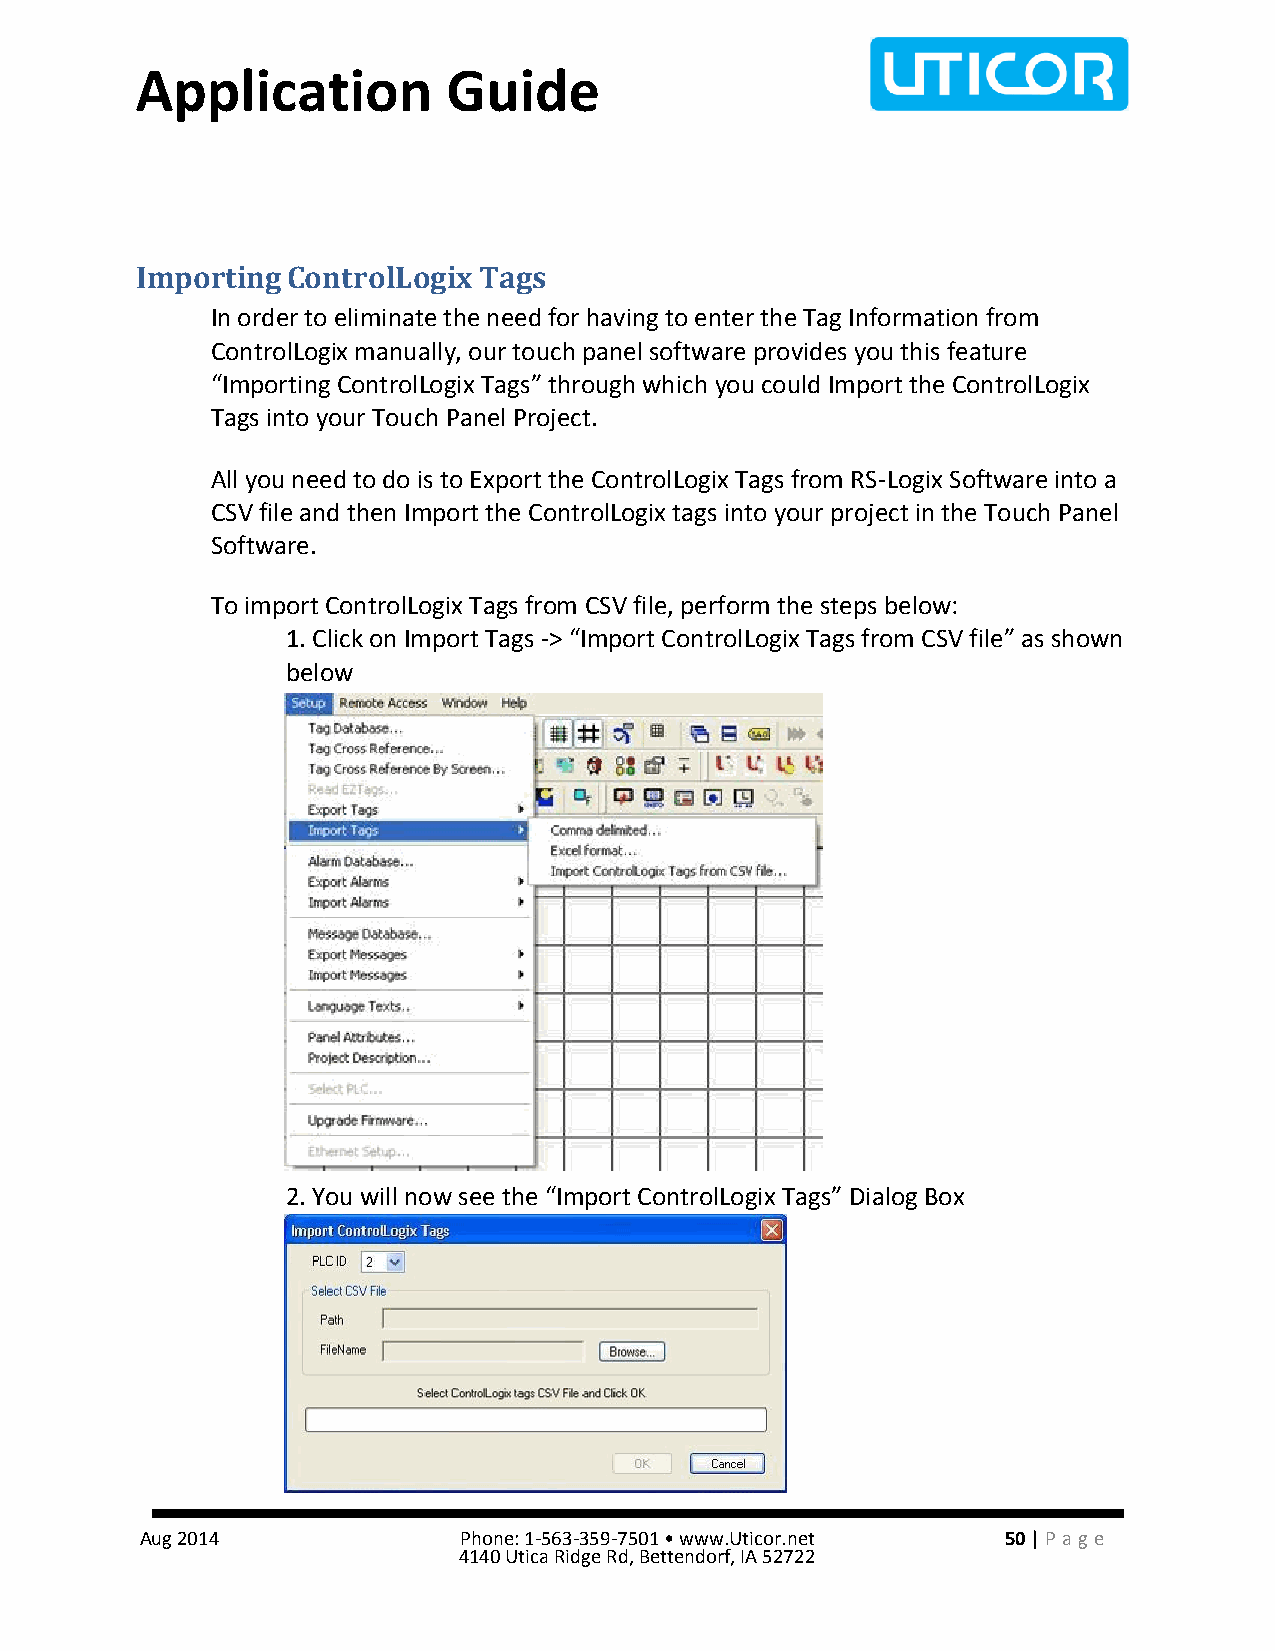
Application          Guide
 Importing ControlLogix Tags
 In order to eliminate the need for having to enter the Tag Information from
 ControlLogix manually, our touch panel software provides you this feature
 “Importing ControlLogix Tags” through which you could Import the ControlLogix
 Tags into your Touch Panel Project.
 All you need to do is to Export the ControlLogix Tags from RS-Logix Software into a
 CSV file and then Import the ControlLogix tags into your project in the Touch Panel
 Software.
 To import ControlLogix Tags from CSV file, perform the steps below:
 1. Click on Import Tags -> “Import ControlLogix Tags from CSV file” as shown
 below
 2. You will now see the “Import ControlLogix Tags” Dialog Box
 Aug 2014             Phone: 1-563-359-7501 • www.Uticor.net 50 | Pa ge
 4140 Utica Ridge Rd, Bettendorf, IA 52722